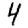
Digit: 4